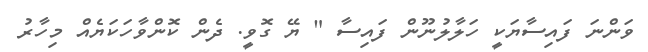
ވަންނަ ފައިސާޔަކީ ހަލާލުނޫން ފައިސާ " ޔޭ ގޮވީ. ދެން ކޮންވާހަކަޔެއް މިހާރު